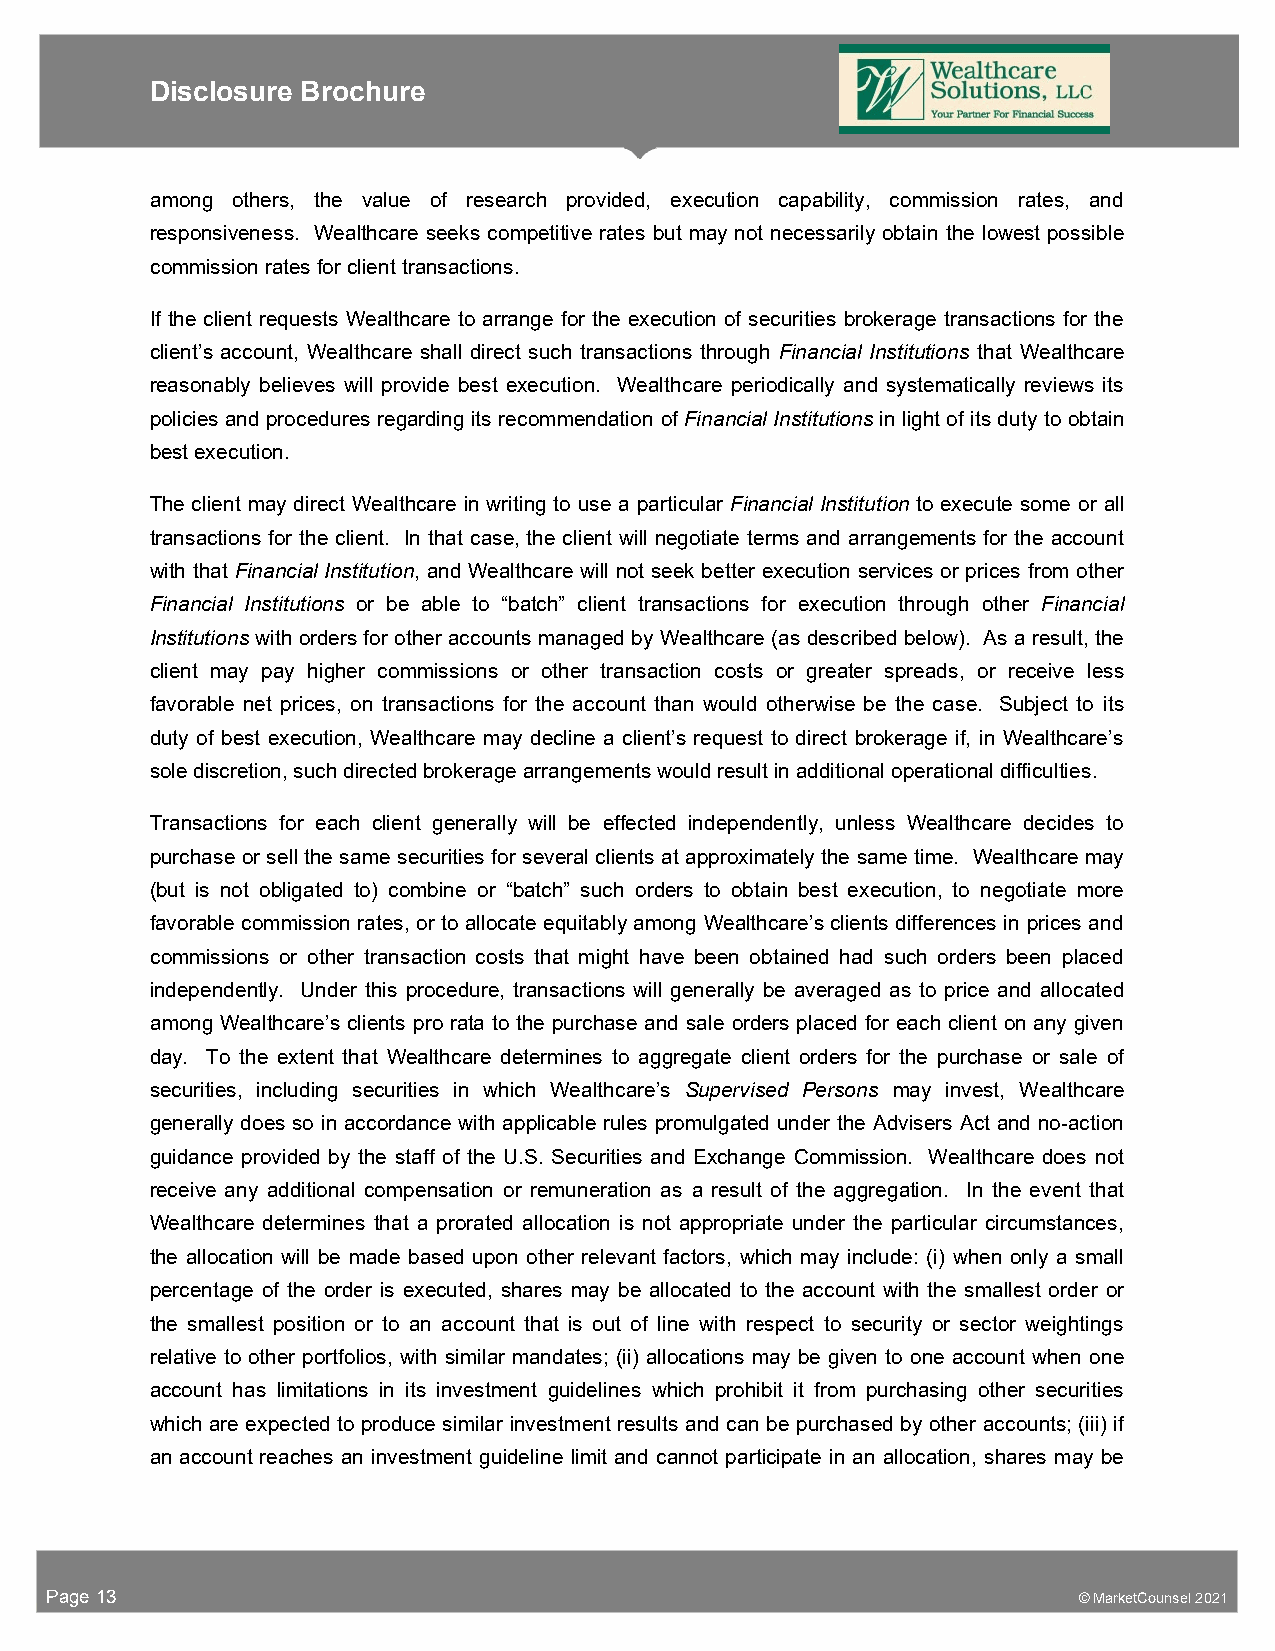
Disclosure Brochure
 among others, the value of research provided, execution capability, commission rates, and
 responsiveness. Wealthcare seeks competitive rates but may not necessarily obtain the lowest possible
 commission rates for client transactions.
 If the client requests Wealthcare to arrange for the execution of securities brokerage transactions for the
 client’s account, Wealthcare shall direct such transactions through Financial Institutions that Wealthcare
 reasonably believes will provide best execution. Wealthcare periodically and systematically reviews its
 policies and procedures regarding its recommendation of Financial Institutions in light of its duty to obtain
 best execution.
 The client may direct Wealthcare in writing to use a particular Financial Institution to execute some or all
 transactions for the client. In that case, the client will negotiate terms and arrangements for the account
 with that Financial Institution, and Wealthcare will not seek better execution services or prices from other
 Financial Institutions or be able to “batch” client transactions for execution through other Financial
 Institutions with orders for other accounts managed by Wealthcare (as described below). As a result, the
 client may pay higher commissions or other transaction costs or greater spreads, or receive less
 favorable net prices, on transactions for the account than would otherwise be the case. Subject to its
 duty of best execution, Wealthcare may decline a client’s request to direct brokerage if, in Wealthcare’s
 sole discretion, such directed brokerage arrangements would result in additional operational difficulties.
 Transactions for each client generally will be effected independently, unless Wealthcare decides to
 purchase or sell the same securities for several clients at approximately the same time. Wealthcare may
 (but is not obligated to) combine or “batch” such orders to obtain best execution, to negotiate more
 favorable commission rates, or to allocate equitably among Wealthcare’s clients differences in prices and
 commissions or other transaction costs that might have been obtained had such orders been placed
 independently. Under this procedure, transactions will generally be averaged as to price and allocated
 among Wealthcare’s clients pro rata to the purchase and sale orders placed for each client on any given
 day. To the extent that Wealthcare determines to aggregate client orders for the purchase or sale of
 securities, including securities in which Wealthcare’s Supervised Persons may invest, Wealthcare
 generally does so in accordance with applicable rules promulgated under the Advisers Act and no-action
 guidance provided by the staff of the U.S. Securities and Exchange Commission. Wealthcare does not
 receive any additional compensation or remuneration as a result of the aggregation. In the event that
 Wealthcare determines that a prorated allocation is not appropriate under the particular circumstances,
 the allocation will be made based upon other relevant factors, which may include: (i) when only a small
 percentage of the order is executed, shares may be allocated to the account with the smallest order or
 the smallest position or to an account that is out of line with respect to security or sector weightings
 relative to other portfolios, with similar mandates; (ii) allocations may be given to one account when one
 account has limitations in its investment guidelines which prohibit it from purchasing other securities
 which are expected to produce similar investment results and can be purchased by other accounts; (iii) if
 an account reaches an investment guideline limit and cannot participate in an allocation, shares may be
 Page 13                                                             © MarketCounsel 2021